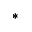
\ast